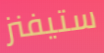
ستيفنز